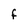
Character: F